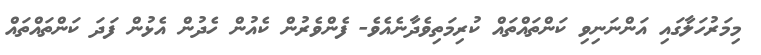
މިމަރުހަލާގައި އަންނަނިވި ކަންތައްތައް ކުރިމަތިވެދާނެއެވެ- ފެންވެރުން ކެއުން ހެދުން އެޅުން ފަދަ ކަންތައްތައް